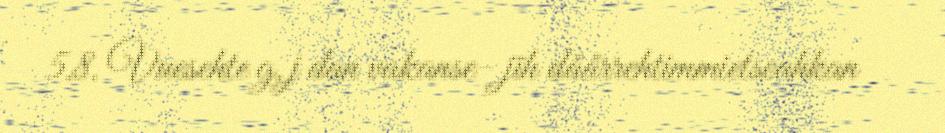
5.8. Vuesehte g.j dan vakanse- jïh dåårrehtimmietseahkan